Report on enteric fever
Disease focus: Fever
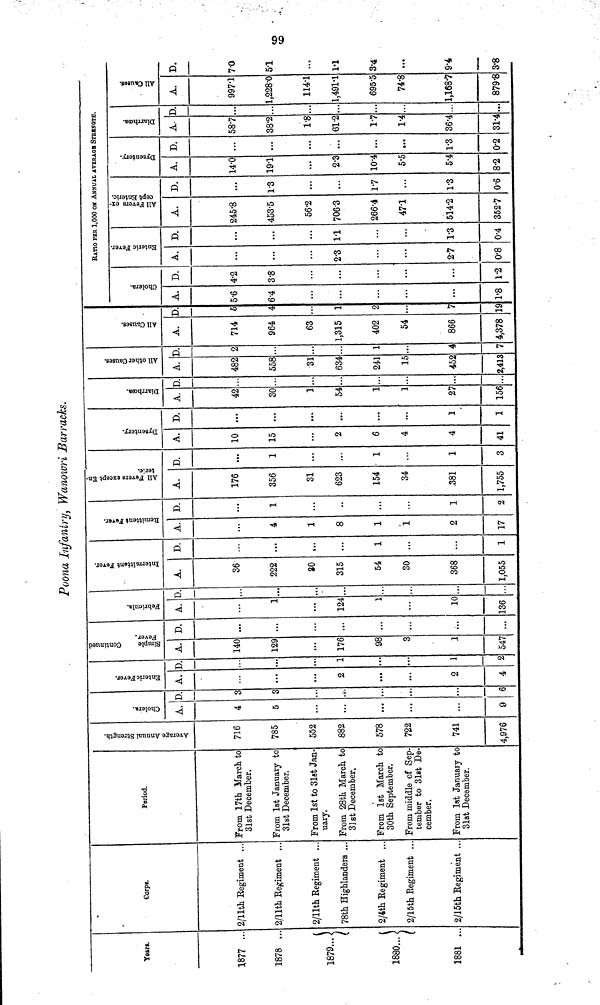
Poona Infantry, Wanowri Barracks.
Year.
1877
1878 ..
1879...
1880... 5
1881 ..
Corp.
2/11th Regiment ...
2/llth Regiment ...
2/llth Regiment ..
78th Highlanders ...
2/4th Regiment ...
2/15th Regiment ...
2/15th Regiment ..
Period.
From 17th March to
31st December.
From 1st January to
31st December.
From 1st to 31st Jan-
uary.
From 28th March to
31st December.
From 1st March to
30th September.
From middle of Sep-
tember to 31st De-
cember.
From 1st January to
31st December.
Average Annual Strength
716
785
552
882
578
722
741
4,976
Cholera
A.
4
5
...
...
9
Enteric Fever.
D.
3
...
...
6
A.
...
...
2
...
...
2
4
D.
...
1
...
1
2
Continued
Simple
Fever
A.
140
129
176
98
3
1
547
D.
...
...
...
...
...
...
...
Febricula.
A.
...
1
124
1
...
10
136
D.
...
...
Intermittent Fever.
A.
36
222
30
315
54
30
368
1,055
D.
...
...
1
...
...
1
Remittent Fever
A.
4
1
8
1
1
2
17
D.
...
1
...
...
1
2
All Fevers except Enteric.
A.
176
356
31
623
154
34
.381
1,755
D.
...
1
...
...
1
...
1
3
Dysentery.
A.
10
15
...
2
6
4
4
41
D.
...
...
...
...
...
...
1
1
Diarrhœa.
A.
42
30
1
54
1
1
27
156
D.
...
...
...
...
All other Causes.
A.
482
558
31
634
241
15
452
2,418
D.
2
...
...
1
...
4
7
All Causes.
A.
714
964
63
1,315
402
54
866
4,378
D.
5
4
1
2
7
19
Cholera.
A.
5.6
6.4
...
...
1.8
D.
4.2
3.8
...
...
1.2
RATIO PER 1,000 OK ANNUAL AVERAGE STRENGTH.
Entric Fever.
A.
...
2.3
2.7
0.8
D.
...
11
1.3
0.4
All Fevers except Enteric.
A.
245.8
453.5
56.2
706.3
266.4
471
514.2
352.7
D.
.
1.3
...
...
17
...
1.3
0.6
Dysentery
A.
14.0
19.1
...
2.3
10.4
5.5
5.4
8.2
D.
...
...
...
...
1.3
0.2
Diarrhoœa.
A.
58.7
38.2
1.8
61.2
17
1.4
36.4
31.4
D.
...
...
...
...
...
All Causes.
A.
997.1
1,228.0
114.1
1,491.1
695.5
74.8
1,168.7
879.8
D.
7.0
51
...
1.1
3.4
...
9.4
3.8
99